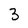
Character: 3